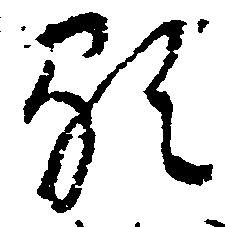
顕